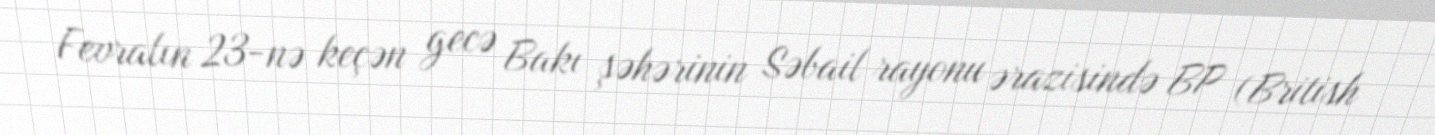
Fevralın 23-nə keçən gecə Bakı şəhərinin Səbail rayonu ərazisində BP (British